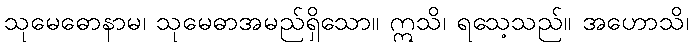
သုမေဓောနာမ၊ သုမေဓာအမည်ရှိသော။ ဣသိ၊ ရသေ့သည်။ အဟောသိ၊